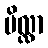
ဗိလ္လာ